Report on sanitation, dispensaries, and jails in Rajputana for 1914, and on vaccination for the year 1914-1915 - 1914-1915
Year: 1914
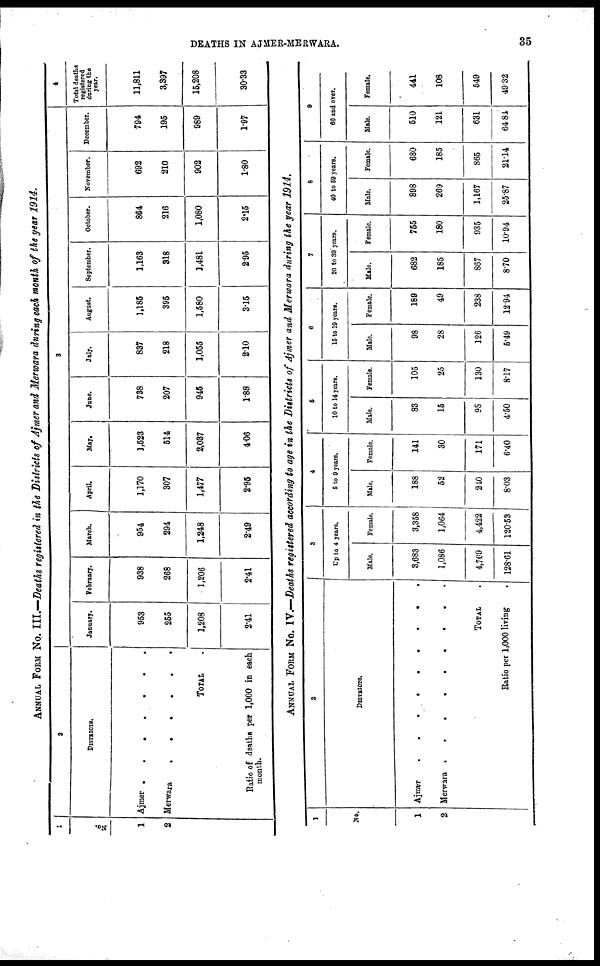
DEATHS IN AJMER-MERWARA.
35
ANNUAL FORM No. III.—Deaths registered in the Districts of Ajmer and Merwara during each month of the year 1914.
1
No.
1
2
2
DISTRICTS.
Aimer . . . . .
Merwara
.
.
.
.
.
.
TOTAL .
Ratio of deaths per 1,000 in each
month.
3
January.
953
255
1,208
2.41
February.
938
268
1,206
2.41
March.
954
294
1,248
2.49
April.
1,170
307
1,477
2.95
May.
1,523
514
2,037
4.06
June.
738
207
945
1.88
July.
837
218
1,055
2.10
August.
1,185
395
1,580
3.15
September.
1,163
318
1,481
2.95
October.
864
216
1,080
2.15
November.
692
210
902
1.80
December.
794
195
989
1.97
4
Total deaths
registered
during the
year.
11,811
3,397
15,208
30.33
ANNUAL FORM No. IV.—Deaths registered according to age in the Districts of Ajmer and Merwara during the year 1914.
1
No.
1
2
2
DISTRICTS.
Ajmer . . . . . .
Merwara . . . .
TOTAL .
Ratio per 1,000 living .
3
Up to 4 years.
Male.
3,683
1,086
4,769
128.61
Female.
3,358
1,064
4,422
120.53
4
5 to 9 years.
Male.
188
52
240
8.03
Female.
141
30
171
6.40
5
10 to 14 years.
Male.
83
15
98
4.50
Female.
105
25
130
8.17
6
15 to 10 years.
Male.
98
28
126
5.49
Female.
189
49
238
12.94
7
20 to 39 years.
Male.
682
185
867
8.70
Female.
755
180
935
10.94
8
40 to 59 years.
Male.
898
269
1,167
25.87
Female.
680
185
865
21.14
9
60 and over.
Male.
510
121
631
64.84
Female.
441
108
549
49.32